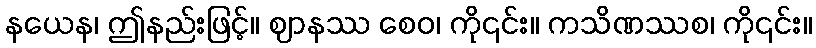
နယေန၊ ဤနည်းဖြင့်။ ဈာနဿ စေဝ၊ ကို၎င်း။ ကသိဏဿစ၊ ကို၎င်း။